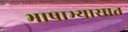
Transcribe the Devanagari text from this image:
भाषाभ्यासात